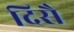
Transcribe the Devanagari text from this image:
दिसै